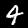
Digit: 4